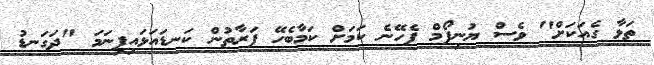
ތަޅާ ގެއަކަށް" ވެސް ޔުނިފޯމް ފެހޭނެ ކަމަށް ކަމާބެހޭ ފަރާތުން ކަނޑައަޅައިފިނަމަ "ދަގަނޑު